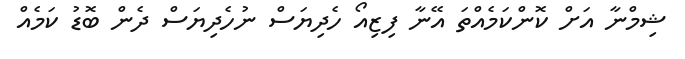
ޝިމްނާ އަށް ކޮންކަމެއްތަ އޭނާ ފިޒިއޯ ހެދިޔަސް ނުހެދިޔަސް ދެން ބޮޑު ކަމެއް